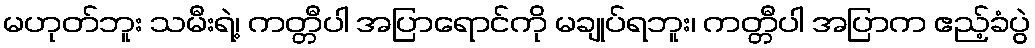
မဟုတ်ဘူး သမီးရဲ့၊ ကတ္တီပါ အပြာရောင်ကို မချုပ်ရဘူး၊ ကတ္တီပါ အပြာက ဧည့်ခံပွဲ